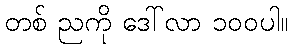
တစ် ညကို ဒေါ်လာ ၁၀၀ပါ။